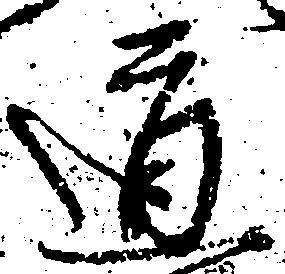
道